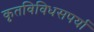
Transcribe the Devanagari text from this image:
कृतविविधसपर्या